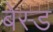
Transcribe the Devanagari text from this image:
बेस्‍ड